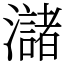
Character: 㶆